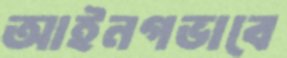
আইনগভাবে